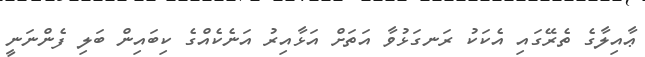
ޢާއިލާގެ ތެރޭގައި އެކަކު ރަނގަޅުވާ އަތަށް އަޅާއިރު އަނެކެއްގެ ކިބައިން ބަލި ފެންނަނީ